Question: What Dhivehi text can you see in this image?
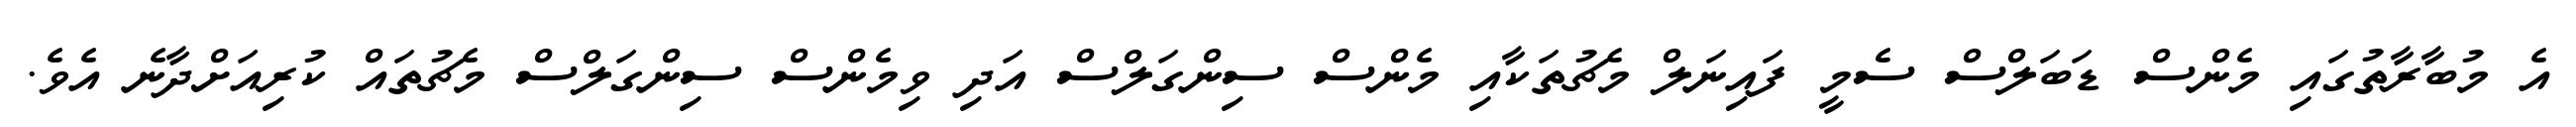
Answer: އެ މުބާރާތުގައި މެންސް ޑަބަލްސް ސެމީ ފައިނަލް މެޗުތަކާއި މެންސް ސިންގަލްސް އަދި ވިމެންސް ސިންގަލްސް މެޗުތައް ކުރިއަށްދާނެ އެވެ.